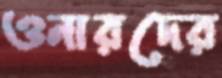
ওনারদের